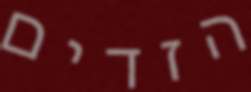
הזדים